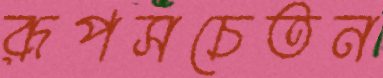
রূপসচেতন